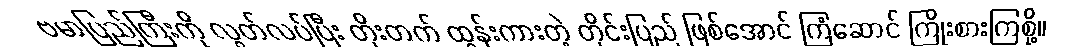
ဗမာပြည်ကြီးကို လွတ်လပ်ပြီး တိုးတက် ထွန်းကားတဲ့ တိုင်းပြည် ဖြစ်အောင် ကြံဆောင် ကြိုးစားကြစို့။